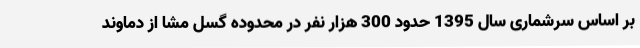
بر اساس سرشماری سال 1395 حدود 300 هزار نفر در محدوده گسل مشا از دماوند